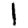
Digit: 1